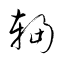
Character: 輻